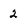
Character: 2